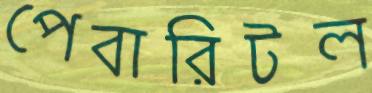
পেবারিটল